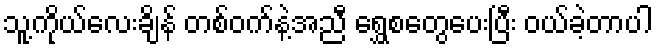
သူ့ကိုယ်လေးချိန် တစ်ဝက်နဲ့အညီ ရွှေစတွေပေးပြီး ဝယ်ခဲ့တာပါ